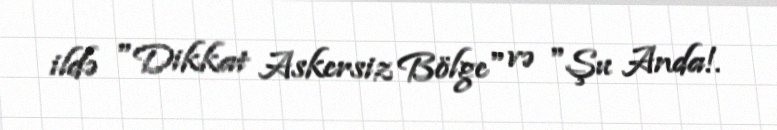
ildə "Dikkat Askersiz Bölge" və "Şu Anda!.